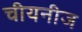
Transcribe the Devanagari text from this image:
चीयनीज